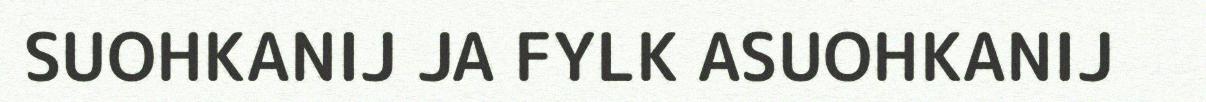
SUOHKANIJ JA FYLK ASUOHKANIJ